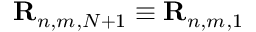
{ \bf R } _ { n , m , N + 1 } \equiv { \bf R } _ { n , m , 1 }